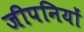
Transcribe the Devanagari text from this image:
जीपनियों